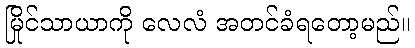
မြိုင်သာယာကို လေလံ အတင်ခံရတော့မည်။